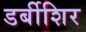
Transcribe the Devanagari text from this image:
डर्बीशिर